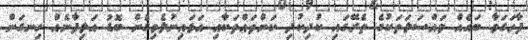
ފާހަގަވާ ބައެއް މައްސަލަތަކުގެ ތެރޭގައި ކުދިކުދި ކަންތައްތަކާއި އަޅައިނުލެވިގެން ބޮޑު އަލިފާނެއް ހިނގަން